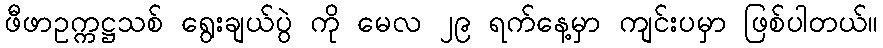
ဖီဖာဥက္ကဋ္ဌသစ် ရွေးချယ်ပွဲ ကို မေလ ၂၉ ရက်နေ့မှာ ကျင်းပမှာ ဖြစ်ပါတယ်။